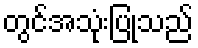
တွင်အသုံးပြုသည်